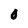
Character: O